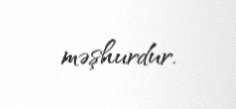
məşhurdur.